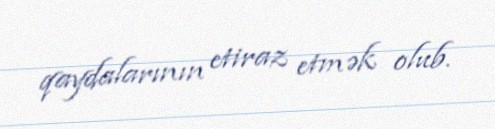
qaydalarının etiraz etmək olub.